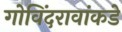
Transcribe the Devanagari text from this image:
गोविंदरावांकडे